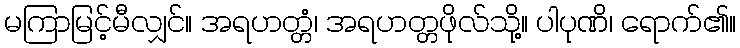
မကြာမြင့်မီလျှင်။ အရဟတ္တံ၊ အရဟတ္တဖိုလ်သို့။ ပါပုဏိ၊ ရောက်၏။